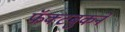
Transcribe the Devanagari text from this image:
फॅक्टबुकने